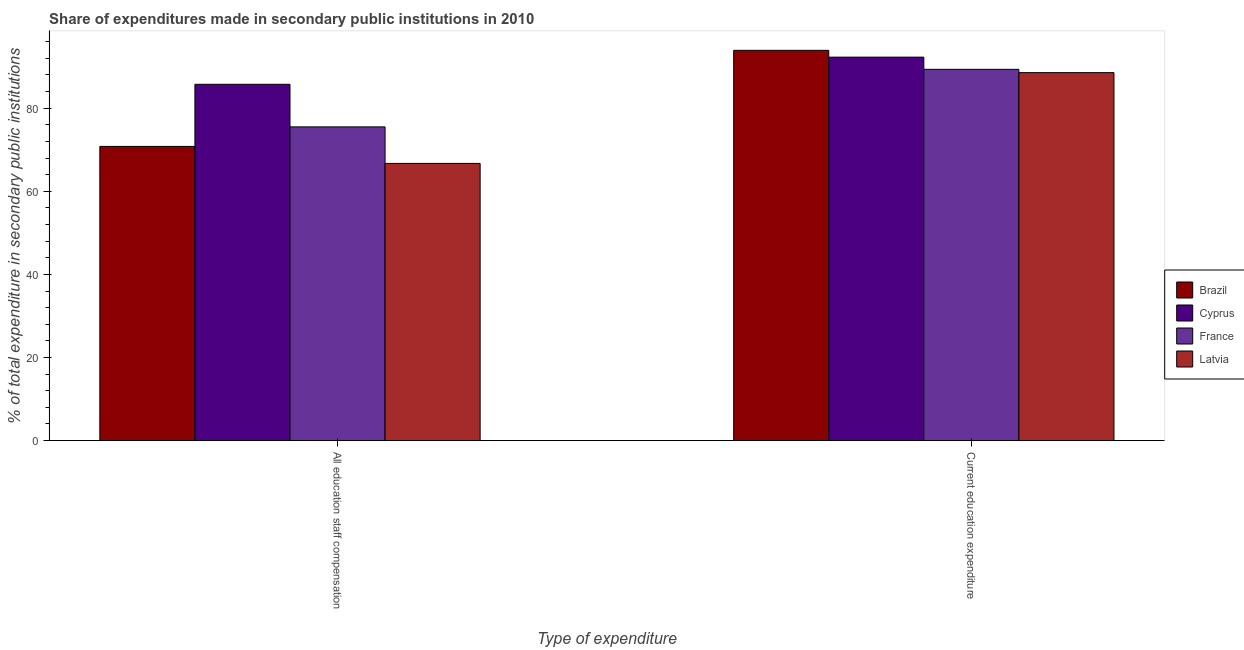
| Type of expenditure | Brazil | Cyprus | France | Latvia |
 | --- | --- | --- | --- | --- |
 | All education staff compensation | 70.8 | 85.8 | 75.5 | 66.7 |
 | Current education expenditure | 93.9 | 92.3 | 89.4 | 88.6 |